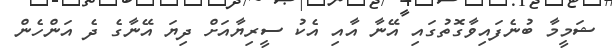
ޝަމީމާ ބުނެފައިވާގޮތުގައި އޭނާ އާއި އެކު ސީރިޔާއަށް ދިޔަ އޭނާގެ ދެ އަންހެން